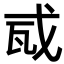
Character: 𢦭